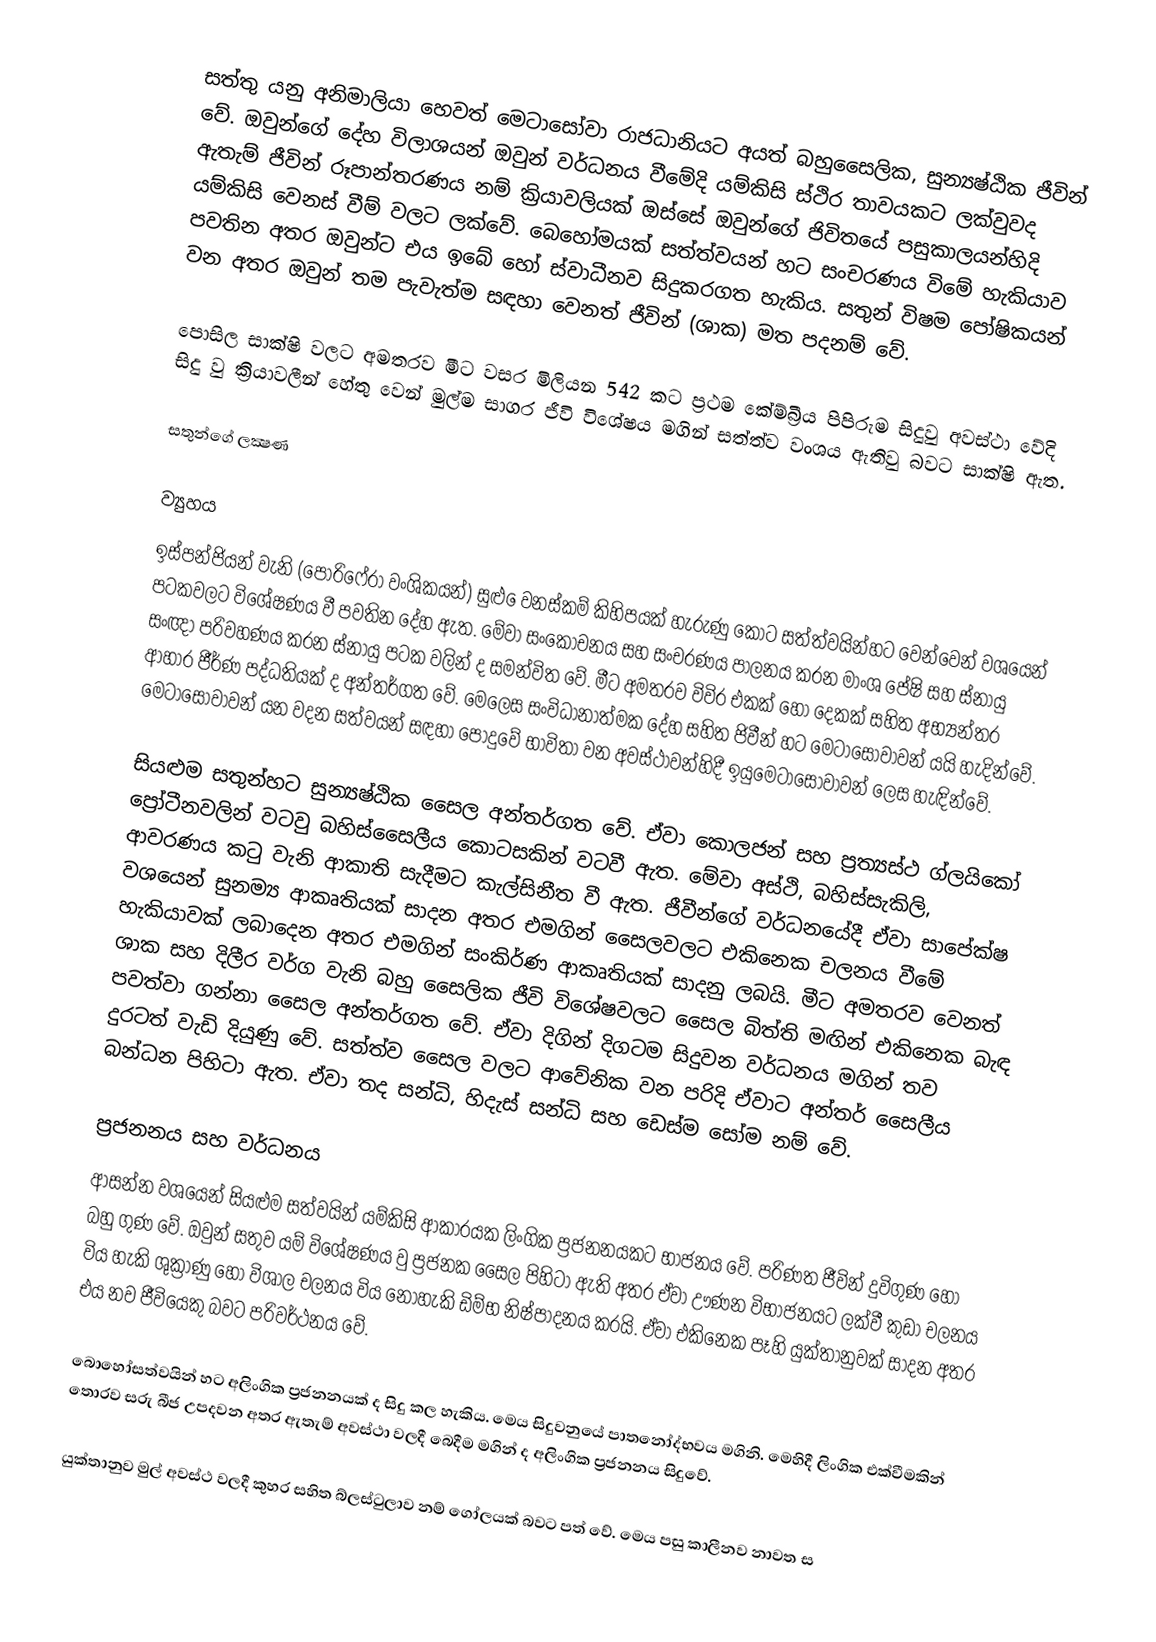
සත්තු යනු අනිමාලියා හෙවත් මෙටාසෝවා රාජධානියට අයත් බහුසෛලික, සුන්‍යෂ්ඨික ජීවින් වේ. ඔවුන්ගේ දේහ විලාශයන් ඔවුන් වර්ධනය වීමේදි යම්කිසි ස්ථිර තාවයකට ලක්වුවද ඇතැම් ජීවින් රූපාන්තරණය නම් ක්‍රියාවලියක් ඔස්සේ ඔවුන්ගේ ජිවිතයේ පසුකාලයන්හිදි යම්කිසි වෙනස් වීම් වලට ලක්වේ. බෙහෝමයක් සත්ත්වයන් හට සංචරණය විමේ හැකියාව පවතින අතර ඔවුන්ට එය ඉබේ හෝ ස්වාධීනව සිදුකරගත හැකිය. සතුන් විෂම පෝෂිකයන් වන අතර ඔවුන් තම පැවැත්ම සඳහා වෙනත් ජීවින් (ශාක) මත පදනම් වේ.

පොසිල සාක්ෂි වලට අමතරව මීට වසර මිලියන 542 කට ප්‍රථම කේම්බ්‍රීය පිපිරුම සිදුවු අවස්ථා වේදි සිදු වු ක්‍රියාවලීන් හේතු වෙන් මුල්ම සාගර ජීවි විශේෂය මගින් සත්ත්ව වංශය ඇතිවු බවට සාක්ෂි ඇත.

සතුන්ගේ ලක්‍ෂණ

ව්‍යුහය
ඉස්පන්ජියන් වැනි (පොරිෆේරා වංශිකයන්) සුළු ‍ෙවනස්කම් කිහිපයක් හැරුණු කොට සත්ත්වයින්හට වෙන්වෙන් වශයෙන් පටකවලට විශේෂණය වී පවතින දේහ ඇත. මේවා සංකෝචනය සහ සංචරණය පාලනය කරන මාංශ පේෂි සහ ස්නායු සංඥා පරිවහණය කරන ස්නායු පටක වලින් ද සමන්විත වේ. මීට අමතරව විවිර එකක් හෝ දෙකක් සහිත අභ්‍යන්තර ආහාර ජීර්ණ පද්ධතියක් ද අන්තර්ගත වේ. මෙලෙස සංවිධානාත්මක දේහ සහිත ජිවීන් හට මෙටාසොවාවන් යයි හැදින්වේ. මෙටාසෝවාවන් යන වදන සත්වයන් සඳහා පොදුවේ භාවිතා වන අවස්ථාවන්හිදී ඉයුමෙටාසෝවාවන් ලෙස හැඳින්වේ.

සියළුම සතුන්හට සුන්‍යෂ්ඨික සෛල අන්තර්ගත වේ. ඒවා කොලජන් සහ ප්‍රත්‍යස්ථ ග්ලයිකෝ ප්‍රෝටීනවලින් වටවු බහිස්සෛලීය කොටසකින් වටවී ඇත. මේවා අස්ථි, බහිස්සැකිලි, ආවරණය කටු වැනි ආකාති සැදීමට කැල්සිනීත වී ඇත. ජීවීන්ගේ වර්ධනයේදී ඒවා සාපේක්ෂ වශයෙන් සුනම්‍ය ආකෘතියක් සාදන අතර එමගින් සෛලවලට එකිනෙක චලනය වීමේ හැකියාවක් ලබාදෙන අතර එමගින් සංකිර්ණ ආකෘතියක් සාදනු ලබයි. මීට අමතරව වෙනත් ශාක සහ දිලීර වර්ග වැනි බහු සෛලික ජීවි විශේෂවලට සෛල බිත්ති මඟින් එකිනෙක බැඳ පවත්වා ගන්නා සෛල අන්තර්ගත වේ. ඒවා දිගින් දිගටම සිදුවන වර්ධනය මගින් තව දුරටත් වැඩි දියුණු වේ. සත්ත්ව සෛල වලට ආවේනික වන පරිදි ඒවාට අන්තර් සෛලීය බන්ධන පිහිටා ඇත. ඒවා තද සන්ධි, හිදැස් සන්ධි සහ ඩෙස්ම සෝම නම් වේ.

ප්‍රජනනය සහ වර්ධනය
ආසන්න වශයෙන් සියළුම සත්වයින් යම්කිසි ආකාරයක ලිංගික ප්‍රජනනයකට භාජනය වේ. පරිණත ජීවින් දුවිගුණ හෝ බහු ගුණ වේ. ඔවුන් සතුව යම් විශේෂණය වු ප්‍රජනක සෛල පිහිටා ඇති අතර ඒවා ඌණන විභාජනයට ලක්වී කුඩා චලනය විය හැකි ශුක්‍රාණු හෝ විශාල චලනය විය නොහැකි ඩිම්භ නිෂ්පාදනය කරයි. ඒවා එකිනෙක පෑහි යුක්තානුවක් සාදන අතර එය නව ජීවියෙකු බවට පරිවර්ථනය වේ.

බොහෝසත්වයින් හට අලිංගික ප්‍රජනනයක් ද සිදු කල හැකිය. මෙය සිදුවනුයේ පාතනෝද්භවය මගිනි. මෙහිදී ලිංගික එක්වීමකින් තොරව සරු බීජ උපදවන අතර ඇතැම් අවස්ථා වලදී බෙදීම මගින් ද අලිංගික ප්‍රජනනය සිදුවේ.

යුක්තානුව මුල් අවස්ථ වලදී කුහර සහිත බ්ලස්ටුලාව නම් ගෝලයක් බවට පත් වේ. මෙය පසු කාලීනව නාවත ස